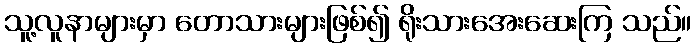
သူ့လူနာများမှာ တောသားများဖြစ်၍ ရိုးသားအေးဆေးကြ သည်။